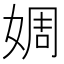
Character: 婤